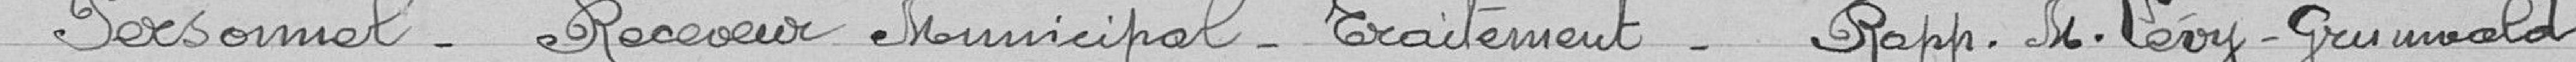
Personnel. Receveur Municipal. Traitement. Rapp. M. Lévy-Grimwald